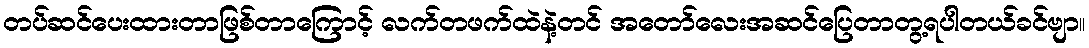
တပ်ဆင်ပေးထားတာဖြစ်တာကြောင့် လက်တဖက်ထဲနဲ့တင် အတော်လေးအဆင်ပြေတာတွ့ရပါတယ်ခင်ဗျာ။